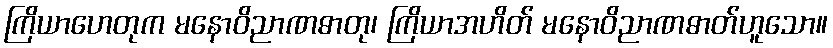
ကြိယာဟေတုက မနောဝိညာဏဓာတု၊ ကြိယာအဟိတ် မနောဝိညာဏဓာတ်ဟူသော။